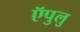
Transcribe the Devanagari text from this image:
ऍपुलु